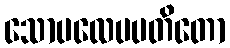
သောပလေပပတိတော